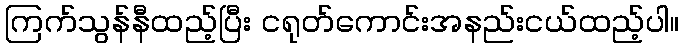
ကြက်သွန်နီထည့်ပြီး ငရုတ်ကောင်းအနည်းငယ်ထည့်ပါ။